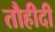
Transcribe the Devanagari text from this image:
तौहीदी